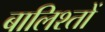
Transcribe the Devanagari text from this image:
बालिश्तों